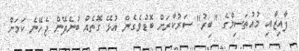
ފާއިޒާއި މުއުތަސިމްގެ "ބިރު" ސަރުކާރަށް ބޮޑުވެގެން އުޅޭ ގޮތެއް ބުނެދޭން ޖެހޭނެ ކަމަށް